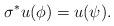
LaTeX: \begin{align*}\sigma^*u(\phi)=u(\psi).\end{align*}